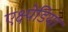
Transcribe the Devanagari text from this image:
एक्ष्पेडिया